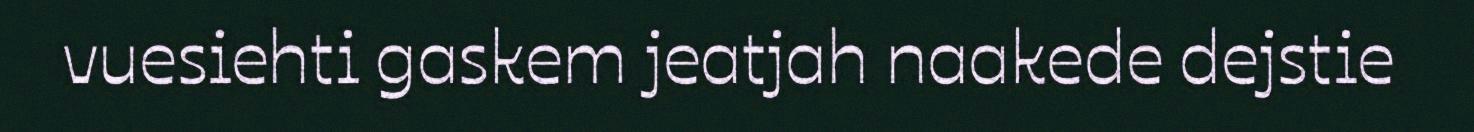
vuesiehti gaskem jeatjah naakede dejstie